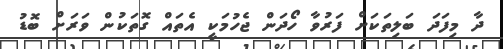
ދާ މިފަދަ ބަލިތަކަށް ފަރުވާ ހޯދަން ޖެހުމަކީ އެތައް ގޮތަކުން ވަރަށް ބޮޑު